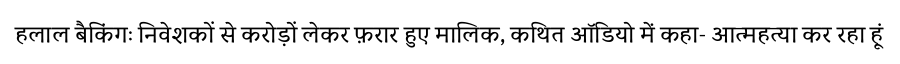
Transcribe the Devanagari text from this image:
हलाल बैकिंगः निवेशकों से करोड़ों लेकर फ़रार हुए मालिक, कथित ऑडियो में कहा- आत्महत्या कर रहा हूं